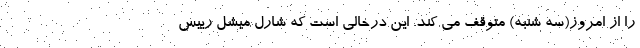
را از امروز(سه شنبه) متوقف می کند. این درحالی است که شارل میشل رییس